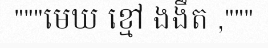
"""មេឃ ខ្មៅ ងងឹត ,"""